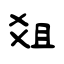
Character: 爼